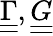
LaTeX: \underline{{\underline{{\Gamma}}}},\underline{{\underline{{G}}}}